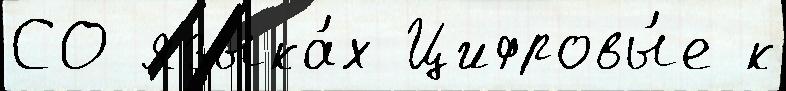
СО языка́х Цифровы́е к